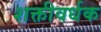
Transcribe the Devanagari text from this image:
शक्तीवर्धक